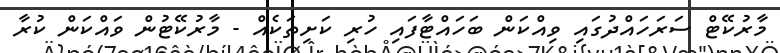
މާރުކޭޓް ސަރަހައްދުގައި ވިއްކަން ބަހައްޓާފައި ހުރި ކަށިތަކެއް - މާރުކޭޓުން ވައްކަން ކުރާ